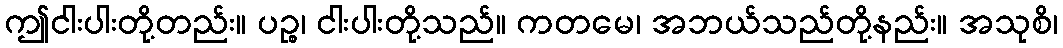
ဤငါးပါးတို့တည်း။ ပဉ္စ၊ ငါးပါးတို့သည်။ ကတမေ၊ အဘယ်သည်တို့နည်း။ အသုစိ၊